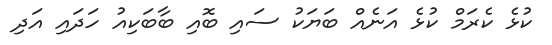
ކުޅެ ކެރަމް ކުޅެ އަނެއް ބަޔަކު ސައި ބޮއި ބާބަކިއު ހަދައި އަދި